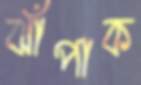
ঝাঁপাক